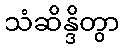
သံဆိန္ဒိတွာ